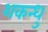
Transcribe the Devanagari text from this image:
शकन्धु